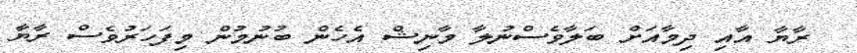
ރާޔާ އާއި ދިމާއަށް ބަލާވެސްނުލާ މާނިޝް އެހެން ބުނުމުން މިފަހަރުވެސް ރާޔާ